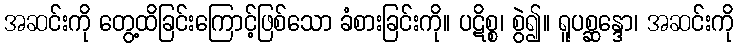
အဆင်းကို တွေ့ထိခြင်းကြောင့်ဖြစ်သော ခံစားခြင်းကို။ ပဋိစ္စ၊ စွဲ၍။ ရူပစ္ဆန္ဒော၊ အဆင်းကို